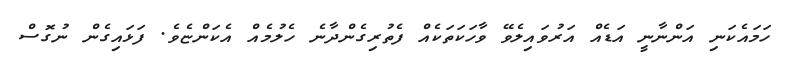
ހަމައެކަނި އަންނާނީ އަޑެއް އަރުވައިލެވޭ ވާހަކަތަކެއް ފެތުރިގެންދާނެ ހެލުމެއް އެކަންޏެވެ. ފަޅައިގެން ނުގޮސް